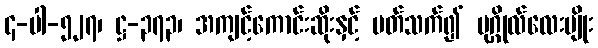
၄-ပါ-၅၂၇၊ ဋ္ဌ-၃၇၃၊ အကျင့်ကောင်းဆိုးနှင့် ပတ်သက်၍ ပုဂ္ဂိုလ်လေးမျိုး